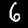
Digit: 6